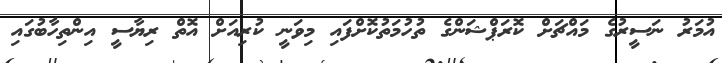
އުމަރު ނަސީރުގެ މައްޗަށް ކޮރަޕްޝަންގެ ތުހުމަތުކޮށްފައި މިވަނީ ކުރިއަށް އޮތް ރިޔާސީ އިންތިހާބުގައި